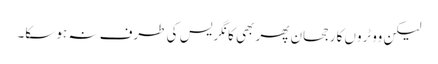
لیکن ووٹروں کا رجحان پھر بھی کانگریس کی طرف نہ ہو سکا۔